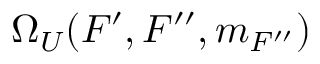
\Omega _ { U } ( F ^ { \prime } , F ^ { \prime \prime } , m _ { F ^ { \prime \prime } } )